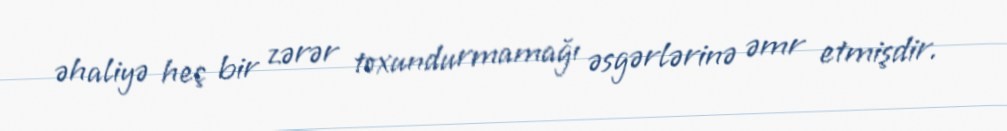
əhaliyə heç bir zərər toxundurmamağı əsgərlərinə əmr etmişdir.